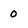
Character: 0